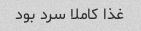
غذا کاملا سرد بود